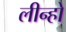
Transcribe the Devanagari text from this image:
लीन्हो